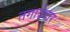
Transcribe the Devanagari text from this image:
तगादेदार